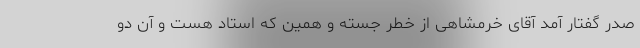
صدر گفتار آمد آقای خرمشاهی از خطر جسته و همین که استاد هست و آن دو